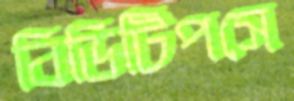
বিডিটিপসে